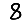
Digit: 8